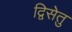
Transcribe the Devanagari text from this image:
द्विसेतु